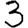
Digit: 3